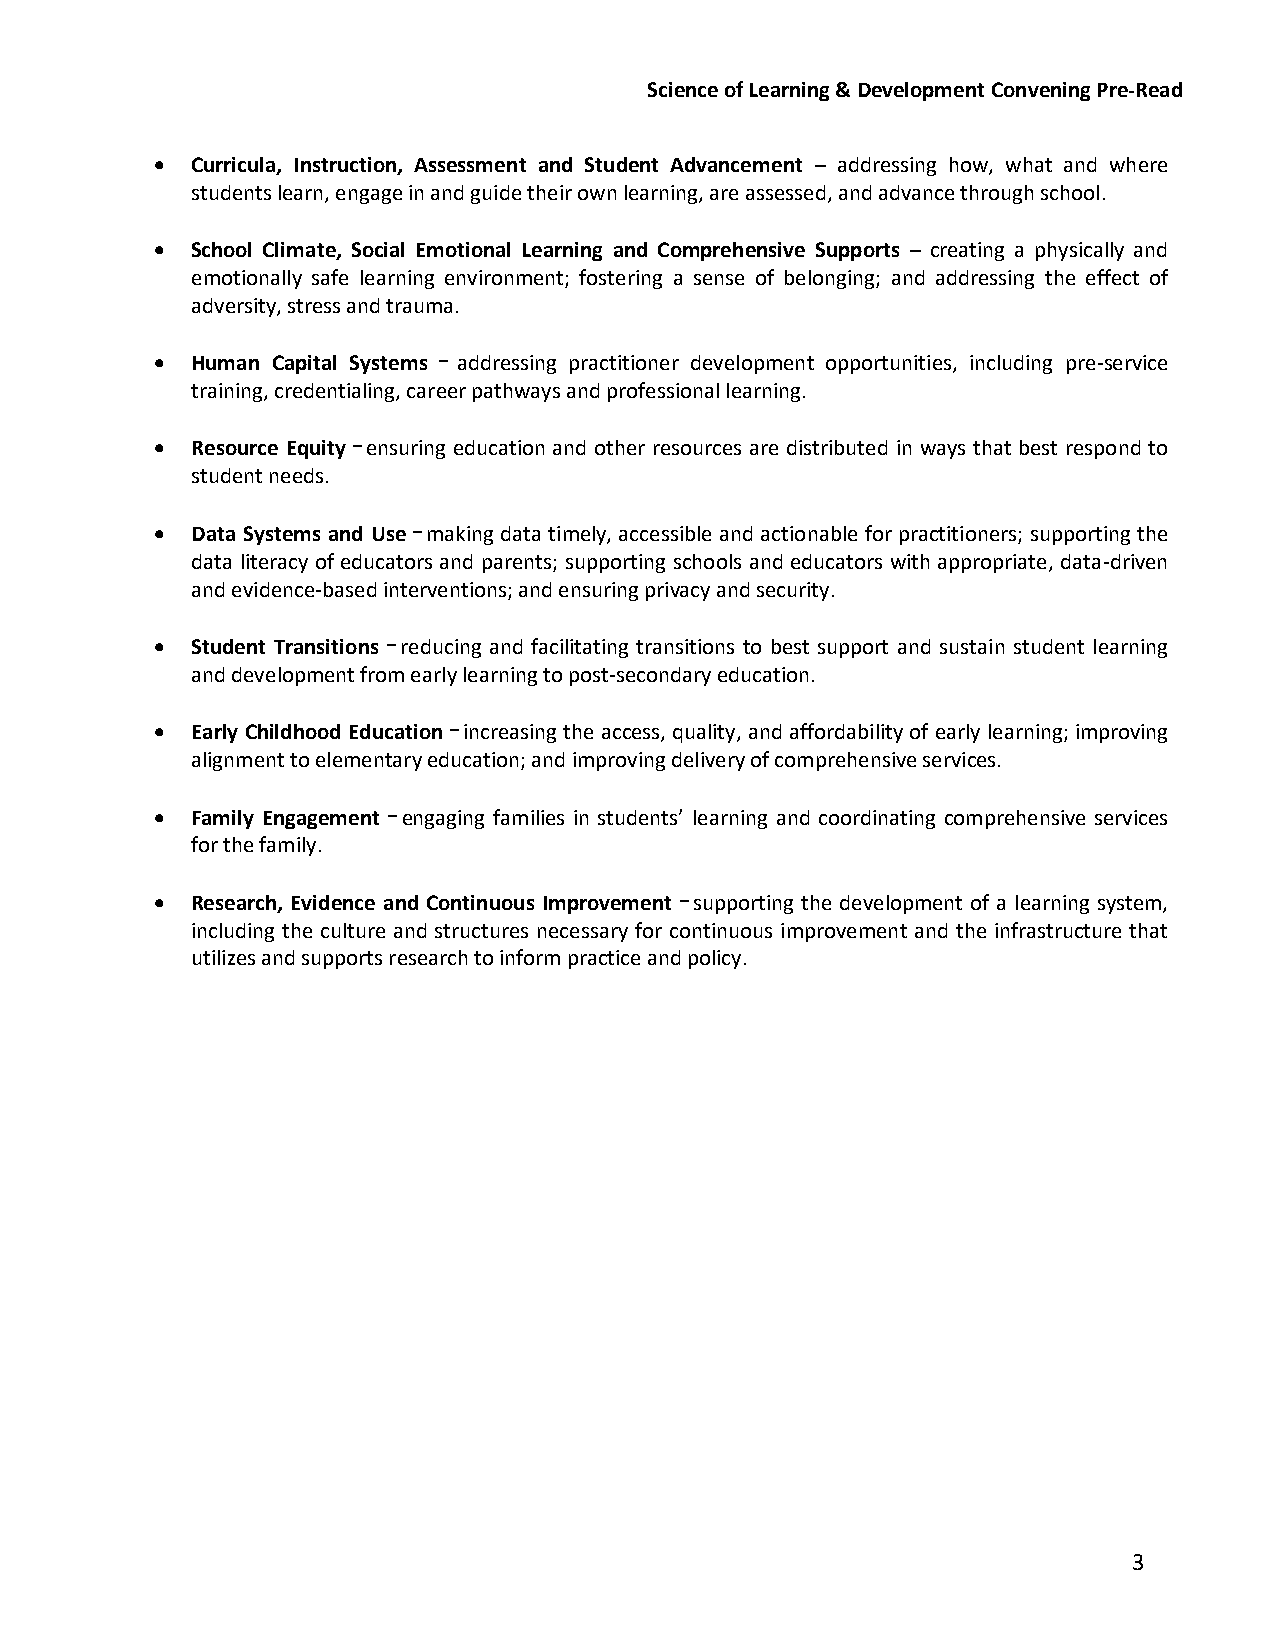
Science of Learning & Development Convening Pre-Read
   Curricula, Instruction, Assessment and Student Advancement – addressing how, what and where
 students learn, engage in and guide their own learning, are assessed, and advance through school.
   School Climate, Social Emotional Learning and Comprehensive Supports – creating a physically and
 emotionally safe learning environment; fostering a sense of belonging; and addressing the effect of
 adversity, stress and trauma.
   Human Capital Systems – addressing practitioner development opportunities, including pre-service
 training, credentialing, career pathways and professional learning.
   Resource Equity – ensuring education and other resources are distributed in ways that best respond to
 student needs.
   Data Systems and Use – making data timely, accessible and actionable for practitioners; supporting the
 data literacy of educators and parents; supporting schools and educators with appropriate, data-driven
 and evidence-based interventions; and ensuring privacy and security.
   Student Transitions – reducing and facilitating transitions to best support and sustain student learning
 and development from early learning to post-secondary education.
   Early Childhood Education – increasing the access, quality, and affordability of early learning; improving
 alignment to elementary education; and improving delivery of comprehensive services.
   Family Engagement – engaging families in students’ learning and coordinating comprehensive services
 for the family.
   Research, Evidence and Continuous Improvement – supporting the development of a learning system,
 including the culture and structures necessary for continuous improvement and the infrastructure that
 utilizes and supports research to inform practice and policy.
 3